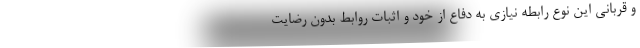
و قربانی این نوع رابطه نیازی به دفاع از خود و اثبات روابط بدون رضایت